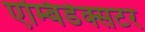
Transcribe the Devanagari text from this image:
एम्बिडेक्सटर